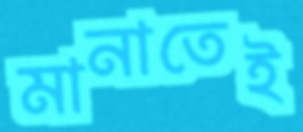
মানাতেই